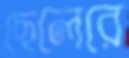
ছেলেরে